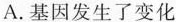
A. 基因发生了变化